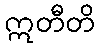
ဣတီတိ